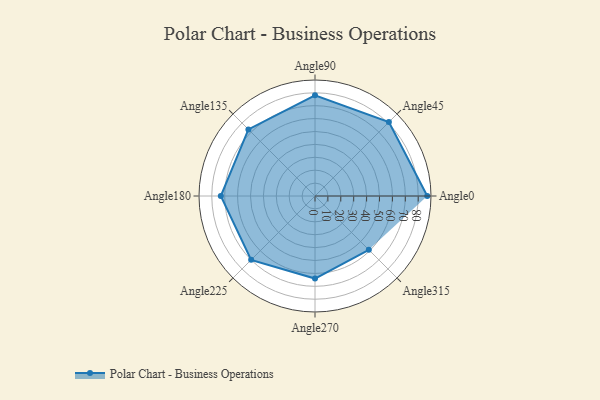
{"axis": {"x": "Angle", "y": "Radius"}, "legend": [""], "data": [{"x": "Angle0", "y": 87.0, "type": ""}, {"x": "Angle45", "y": 81.0, "type": ""}, {"x": "Angle90", "y": 78.0, "type": ""}, {"x": "Angle135", "y": 73.0, "type": ""}, {"x": "Angle180", "y": 73.0, "type": ""}, {"x": "Angle225", "y": 70.0, "type": ""}, {"x": "Angle270", "y": 64.0, "type": ""}, {"x": "Angle315", "y": 59.0, "type": ""}]}